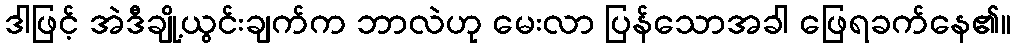
ဒါဖြင့် အဲဒီချို့ယွင်းချက်က ဘာလဲဟု မေးလာ ပြန်သောအခါ ဖြေရခက်နေ၏။